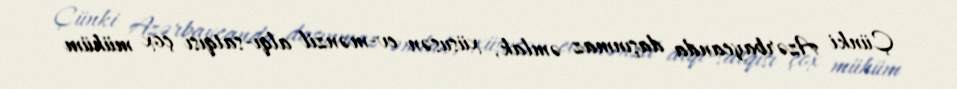
Çünki Azərbaycanda daşınmaz əmlak, xüsusən ev-mənzil alqı-satqısı çox mühüm